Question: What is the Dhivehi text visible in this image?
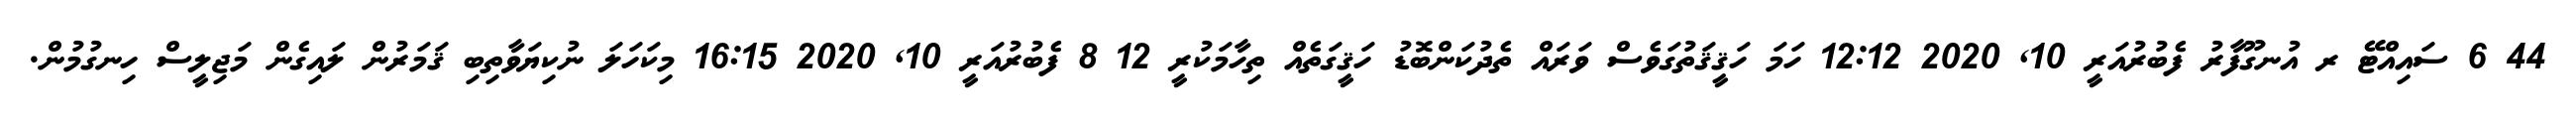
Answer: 44 6 ސައިއްޓޭ ރ އުނގޫފާރު ފެބުރުއަރީ 10, 2020 12:12 ހަމަ ހަޤީޤަތުގަވެސް ވަރައް ތެދުކަންބޮޑު ހަޤީގަތެއް ތިހާމަކުރީ 12 8 ފެބުރުއަރީ 10, 2020 16:15 މިކަހަލަ ނުކިޔަވާތިބި ޤަމަރުން ލައިގެން މަޖިލީސް ހިނގުމުން.